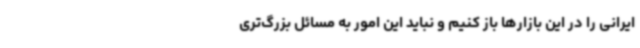
ایرانی را در این بازارها باز کنیم و نباید این امور به مسائل بزرگ‌تری